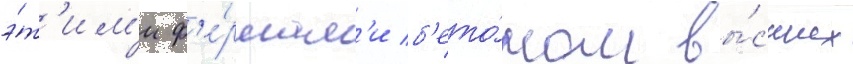
э́т'им'и ф'е́рмам'и б'ето́ном вы́сших